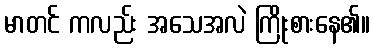
မာတင် ကလည်း အသေအလဲ ကြိုးစားနေ၏။